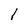
Character: l